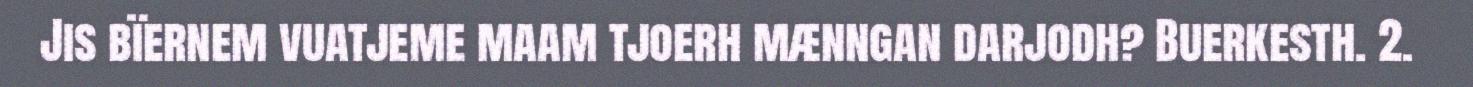
Jis bïernem vuatjeme maam tjoerh mænngan darjodh? Buerkesth. 2.